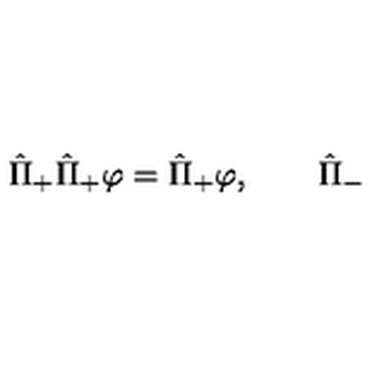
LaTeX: \hat { \Pi } _ { + } \hat { \Pi } _ { + } \varphi = \hat { \Pi } _ { + } \varphi , \qquad \hat { \Pi } _ { - }